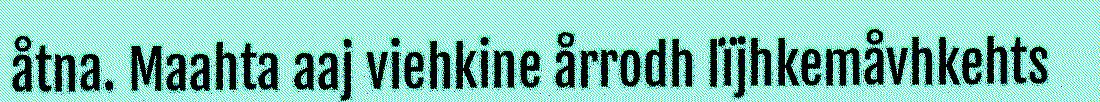
åtna. Maahta aaj viehkine årrodh lïjhkemåvhkehts